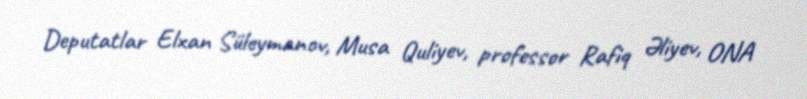
Deputatlar Elxan Süleymanov, Musa Quliyev, professor Rafiq Əliyev, ONA